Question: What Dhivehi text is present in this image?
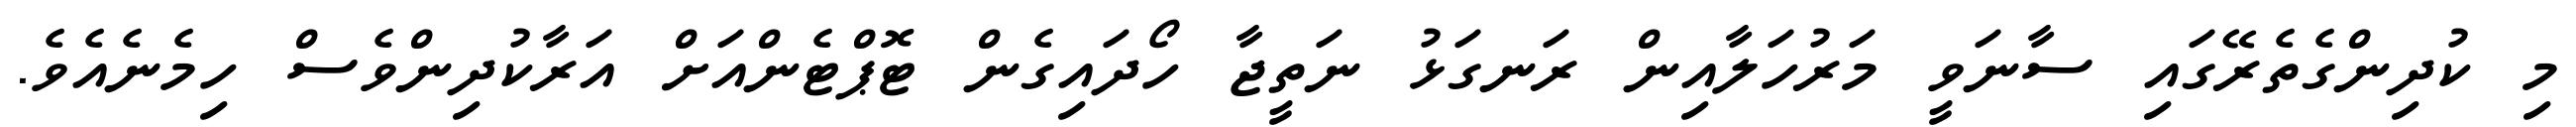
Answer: މި ކުދިންގެތެރޭގައި ސާނަވީ މަރުހަލާއިން ރަނގަޅު ނަތީޖާ ހޯދައިގެން ޓޮޕްޓެންއަށް އަރާކުދިންވެސް ހިމެނެއެވެ.